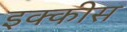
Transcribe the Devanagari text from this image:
इक्‍कीस